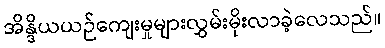
အိန္ဒိယယဉ်ကျေးမှုများလွှမ်းမိုးလာခဲ့လေသည်။